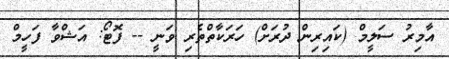
އާމިރު ސަލީމް (ކައިރިން ދުރަށް) ހަރަކާތްތެރި ވަނީ -- ފޮޓޯ: އަޝްވާ ފަހީމް